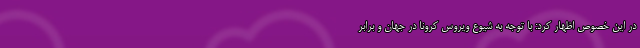
در این خصوص اظهار کرد: با توجه به شیوع ویروس کرونا در جهان و برابر